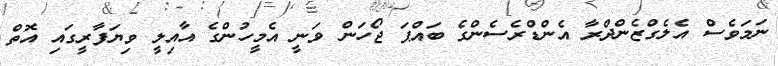
ނަމަވެސް އެލެގްޒެންދްރާ އެންޑްރެސެންގެ ބައްޕަ ޖޯހަން ވަނީ އެމީހުންގެ އާއިލީ ވިޔަފާރީގައި އޮތް